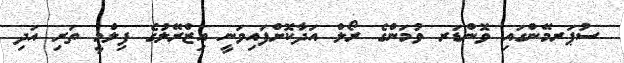
ސުޕަރމޭންގައި ވޮންޑަރ ވުމަންގެ ރޯލް އަދާކޮށްފައިވަނީ އިޒްރޭލުގެ ފިލްމީ ތަރި އަދި